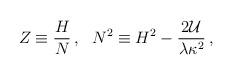
LaTeX: \begin{align*}Z\equiv\frac{H}{N}\,,~~N^2 \equiv H^2-\frac{2{\cal U}}{\lambda\kappa^2}\,,\end{align*}